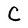
Character: C